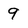
Character: 9